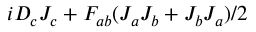
i D _ { c } J _ { c } + F _ { a b } ( J _ { a } J _ { b } + J _ { b } J _ { a } ) / 2